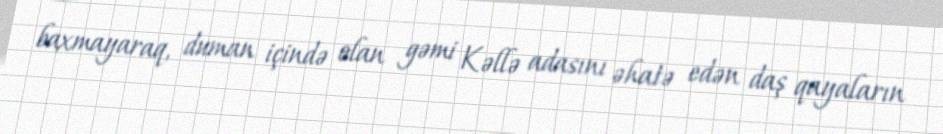
baxmayaraq, duman içində olan gəmi Kəllə adasını əhatə edən daş qayaların